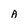
Character: A